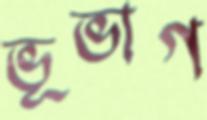
ভূভাগ